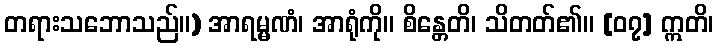
တရားသဘောသည်။) အာရမ္မဏံ၊ အာရုံကို။ စိန္တေတိ၊ သိတတ်၏။ [၀၇] ဣတိ၊